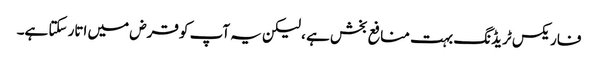
فاریکس ٹریڈنگ بہت منافع بخش ہے ، لیکن یہ آپ کو قرض میں اتار سکتا ہے۔